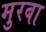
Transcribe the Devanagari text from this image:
मुरबा